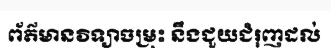
ព័ត៌មានវិទ្យាចម្រុះ នឹងជួយជំរុញដល់